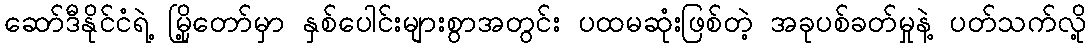
ဆော်ဒီနိုင်ငံရဲ့ မြို့တော်မှာ နှစ်ပေါင်းများစွာအတွင်း ပထမဆုံးဖြစ်တဲ့ အခုပစ်ခတ်မှုနဲ့ ပတ်သက်လို့